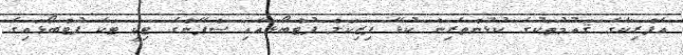
އެފްރިކާގެ ޤައުމުތަކުގެ ކުޅުންތެރިން ކުޅޭ ފިޒިކަލް ފުޓްބޯޅައާއި ސްޕޭންގެ ޓިކީ ޓަކާ ފުޓްބޯޅައިގެ